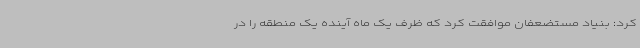
کرد: بنیاد مستضعفان موافقت کرد که ظرف یک ماه آینده یک منطقه را در